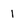
Character: 1